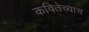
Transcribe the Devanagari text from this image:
कवितेच्याच